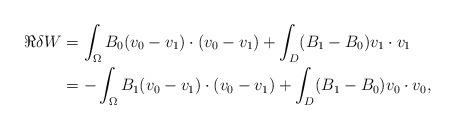
LaTeX: \begin{align*}\begin{aligned}\Re \delta W&= \int_\Omega B_0 (v_0-v_1)\cdot(v_0-v_1) + \int_D (B_1-B_0)v_1\cdot v_1 \\&=- \int_\Omega B_1 (v_0-v_1)\cdot(v_0-v_1) + \int_D (B_1-B_0)v_0\cdot v_0, \end{aligned}\end{align*}